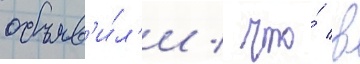
объяв'и́л'и / что́ в